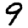
Digit: 9